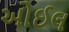
ઓઈલ